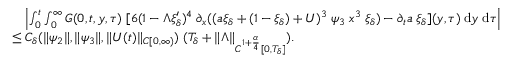
\begin{array} { r l } & { \quad \left| \int \displaylimits _ { 0 } ^ { t } \int \displaylimits _ { 0 } ^ { \infty } { G ( 0 , t , y , \tau ) \; [ 6 ( 1 - \Lambda \xi _ { \delta } ^ { \prime } ) ^ { 4 } \; \partial _ { x } ( ( a \xi _ { \delta } + ( 1 - \xi _ { \delta } ) + U ) ^ { 3 } \; \psi _ { 3 } \; x ^ { 3 } \; \xi _ { \delta } ) - \partial _ { t } a \; \xi _ { \delta } ] ( y , \tau ) \; \mathrm { d } y \; \mathrm { d } \tau } \right| } \\ & { \le C _ { \delta } ( \| \psi _ { 2 } \| , \| \psi _ { 3 } \| , \| U ( t ) \| _ { C [ 0 , \infty ) } ) \; ( T _ { \delta } + \| \Lambda \| _ { C ^ { 1 + \frac { \alpha } { 4 } } [ 0 , T _ { \delta } ] } ) . } \end{array}